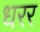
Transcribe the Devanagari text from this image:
धरर